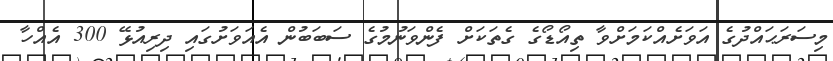
މިސަރަޙައްދުގެ އަވަށެއްކަމަށްވާ ތިއޯޑޯގެ ގެތަކަށް ފެންވަނުމުގެ ސަބަބުން އެއަވަށުގައި ދިރިއުޅޭ 300 އެއްހާ